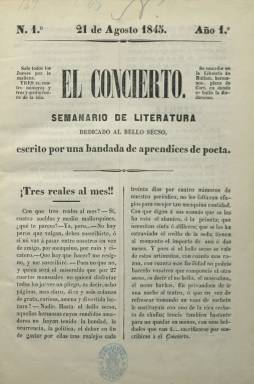
Título: El Concierto (Palma de Mallorca)
Otros títulos: Semanario de literatura dedicado al bello sexo
Colección: Literatura
Ámbito geográfico: Baleares
Lugar de publicación: Palma [de Mallorca]
Fechas: 21/08/1845-25/09/1845

Semanario de literatura –como indica el subtítulo–, que aparecía cada jueves por la mañana, de muy corta duración, pues sólo aparecieron seis números, desde el 21 de agosto al 25 de septiembre de 1845, en 4º, y de ocho planas cada uno, compuestas a dos columnas, cuya foliación continuada suma 48 páginas, estampados en la imprenta mallorquina de P.J. Umbert. Indica también bajo su cabecera que está dedicado “al bello secso”, y en su artículo de presentación, firmado con las iniciales J.M.V. (quizá su director), se pide a los varones su suscripción como regalo para el público femenino. En sus primeras cuatro entregas se añade que está “escrito por una bandada de aprendices a poeta” y en los dos restantes estampa en su cabecera una viñeta alegórica de la música, como mejora de su edición.

Contiene textos en verso (letrillas, romances, sonetos o epigramas) y en prosa, y entre estos alguno sobre elementos singulares de la isla, otros referidos a las relaciones amorosas o conyugales y algunas traducciones, estando enmarcada esta publicación local mallorquina en el movimiento literario inspirado por el romanticismo y el costumbrismo. Bajo sus textos aparecen las firmas de María del Pilar R. y A. y Teodoro R. y A.; S. Font, F.A. y P, P. de A. Peña, G. Tejado, Nicolás de Roda, Francisco Cabezas, J.M. Álvarez de Ugena, Miguel Tenorio, Miguel Agustín Príncipe o Wenceslao Ayguals de Izco, por lo que inserta también colaboraciones de autores de fuera de las islas, alguna procedente de la revista literaria del diario madrileño conservador El Español (1835-1848).